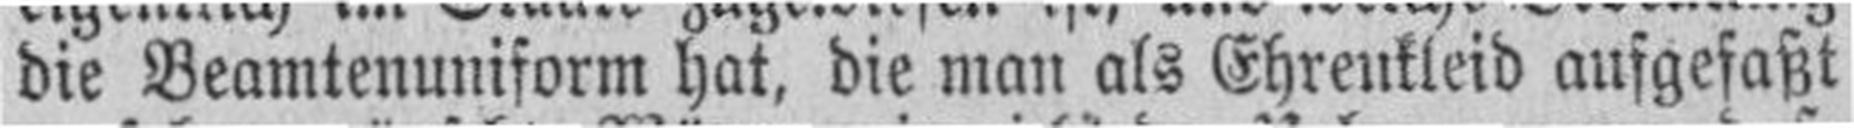
die Beamtenuniform hat, die man als Ehrenkleid aufgefaßt